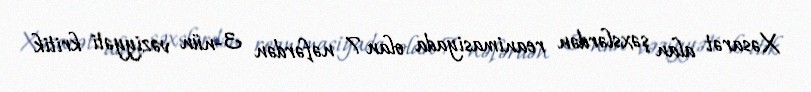
Xəsarət alan şəxslərdən reanimasiyada olan 7 nəfərdən 3-nün vəziyyəti kritik